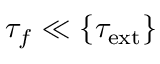
\tau _ { f } \ll \{ \tau _ { \mathrm { e x t } } \}